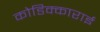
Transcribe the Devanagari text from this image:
कोडिक्काराई